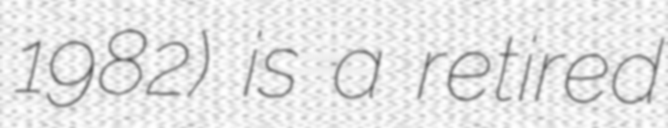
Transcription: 1982) is a retired